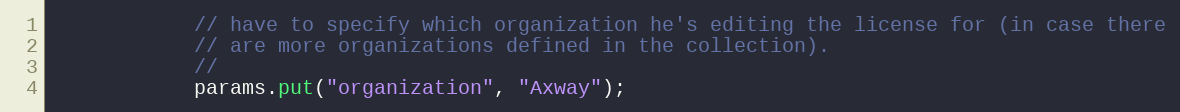
Language: Java
            // have to specify which organization he's editing the license for (in case there
            // are more organizations defined in the collection).
            //
            params.put("organization", "Axway");